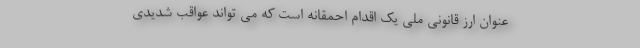
عنوان ارز قانونی ملی یک اقدام احمقانه است که می تواند عواقب شدیدی